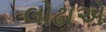
લોઢાએ